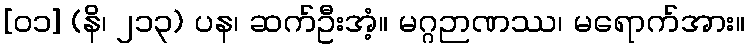
[၀၁] (နိ၊ ၂၁၃) ပန၊ ဆက်ဦးအံ့။ မဂ္ဂဉာဏဿ၊ မရောက်အား။